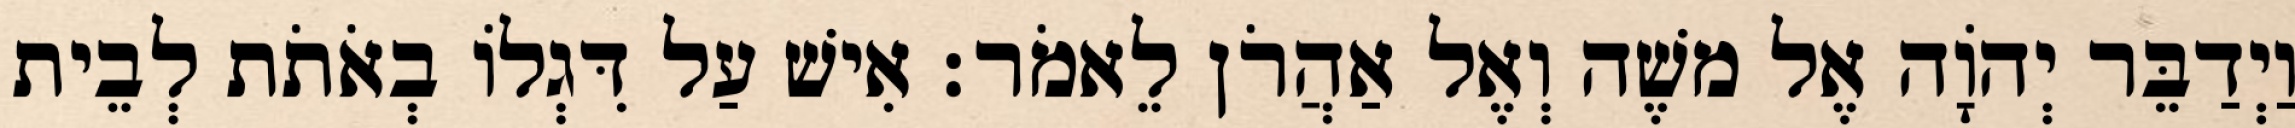
וַיְדַבֵּר יְהֹוָה אֶל משֶׁה וְאֶל אַהֲרֹן לֵאמֹר׃ אִישׁ עַל דִּגְלוֹ בְאֹתֹת לְבֵית